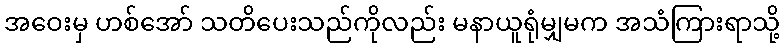
အဝေးမှ ဟစ်အော် သတိပေးသည်ကိုလည်း မနာယူရုံမျှမက အသံကြားရာသို့